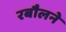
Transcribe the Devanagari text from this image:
रबौलने